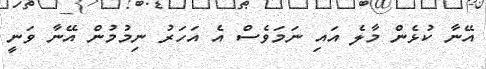
އޭނާ ކުޅެން މާލެ އައި ނަމަވެސް އެ އަހަރު ނިމުމުން އޭނާ ވަނީ